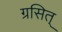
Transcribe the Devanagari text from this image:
ग्रसित्